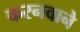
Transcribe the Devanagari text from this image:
करनवाने